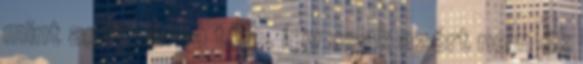
mint amit várna tőle, így csak azért nem ők